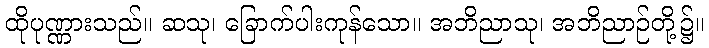
ထိုပုဏ္ဏားသည်။ ဆသု၊ ခြောက်ပါးကုန်သော။ အဘိညာသု၊ အဘိညာဉ်တို့၌။